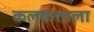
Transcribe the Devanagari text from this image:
कलकत्ताला